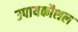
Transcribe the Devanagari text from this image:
उपायकौशल